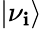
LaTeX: \left|\nu_{\mathbf{i}}\right\rangle